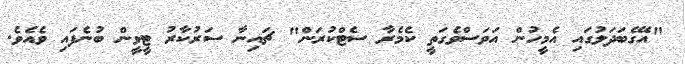
"އޭގެބަދަލުގައި އެމީހުން އަވަސްވެގަތީ ކެމެރާ ސެޓްކުރަން" ޗައިނާ ސަރުކާރު ޓީވީން ބުނެފައި ވެއެވެ.